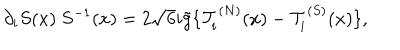
LaTeX: \partial _ { i } S ( x ) \ S ^ { - 1 } ( x ) = 2 \sqrt { 6 } i \tilde { g } \{ { \cal T } _ { i } ^ { ( N ) } ( x ) - { \cal T } _ { i } ^ { ( S ) } ( x ) \} ,